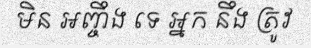
មិន អញ្ចឹង ទេ អ្នក នឹង ត្រូវ